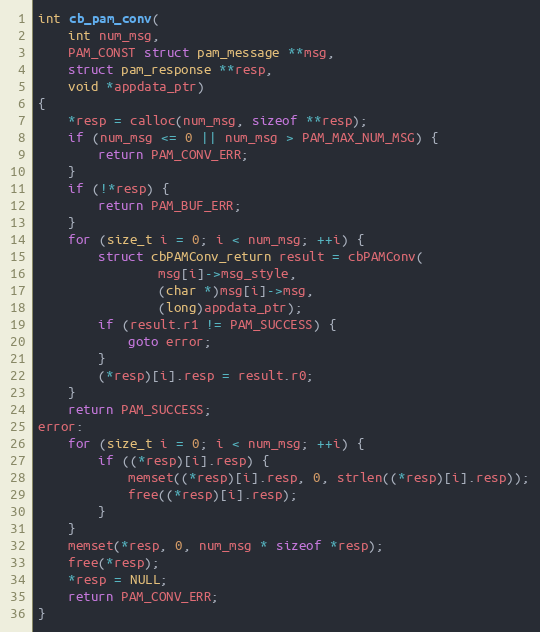
Language: C
int cb_pam_conv(
	int num_msg,
	PAM_CONST struct pam_message **msg,
	struct pam_response **resp,
	void *appdata_ptr)
{
	*resp = calloc(num_msg, sizeof **resp);
	if (num_msg <= 0 || num_msg > PAM_MAX_NUM_MSG) {
		return PAM_CONV_ERR;
	}
	if (!*resp) {
		return PAM_BUF_ERR;
	}
	for (size_t i = 0; i < num_msg; ++i) {
		struct cbPAMConv_return result = cbPAMConv(
				msg[i]->msg_style,
				(char *)msg[i]->msg,
				(long)appdata_ptr);
		if (result.r1 != PAM_SUCCESS) {
			goto error;
		}
		(*resp)[i].resp = result.r0;
	}
	return PAM_SUCCESS;
error:
	for (size_t i = 0; i < num_msg; ++i) {
		if ((*resp)[i].resp) {
			memset((*resp)[i].resp, 0, strlen((*resp)[i].resp));
			free((*resp)[i].resp);
		}
	}
	memset(*resp, 0, num_msg * sizeof *resp);
	free(*resp);
	*resp = NULL;
	return PAM_CONV_ERR;
}